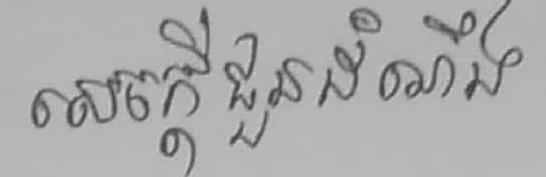
សេចក្ដីជួនដំណឺង